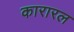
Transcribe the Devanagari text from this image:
कारारल